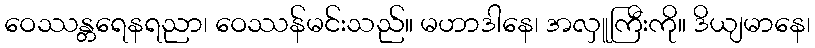
ဝေဿန္တရေနရညာ၊ ဝေဿန်မင်းသည်။ မဟာဒါနေ၊ အလှူကြီးကို။ ဒိယျမာနေ၊